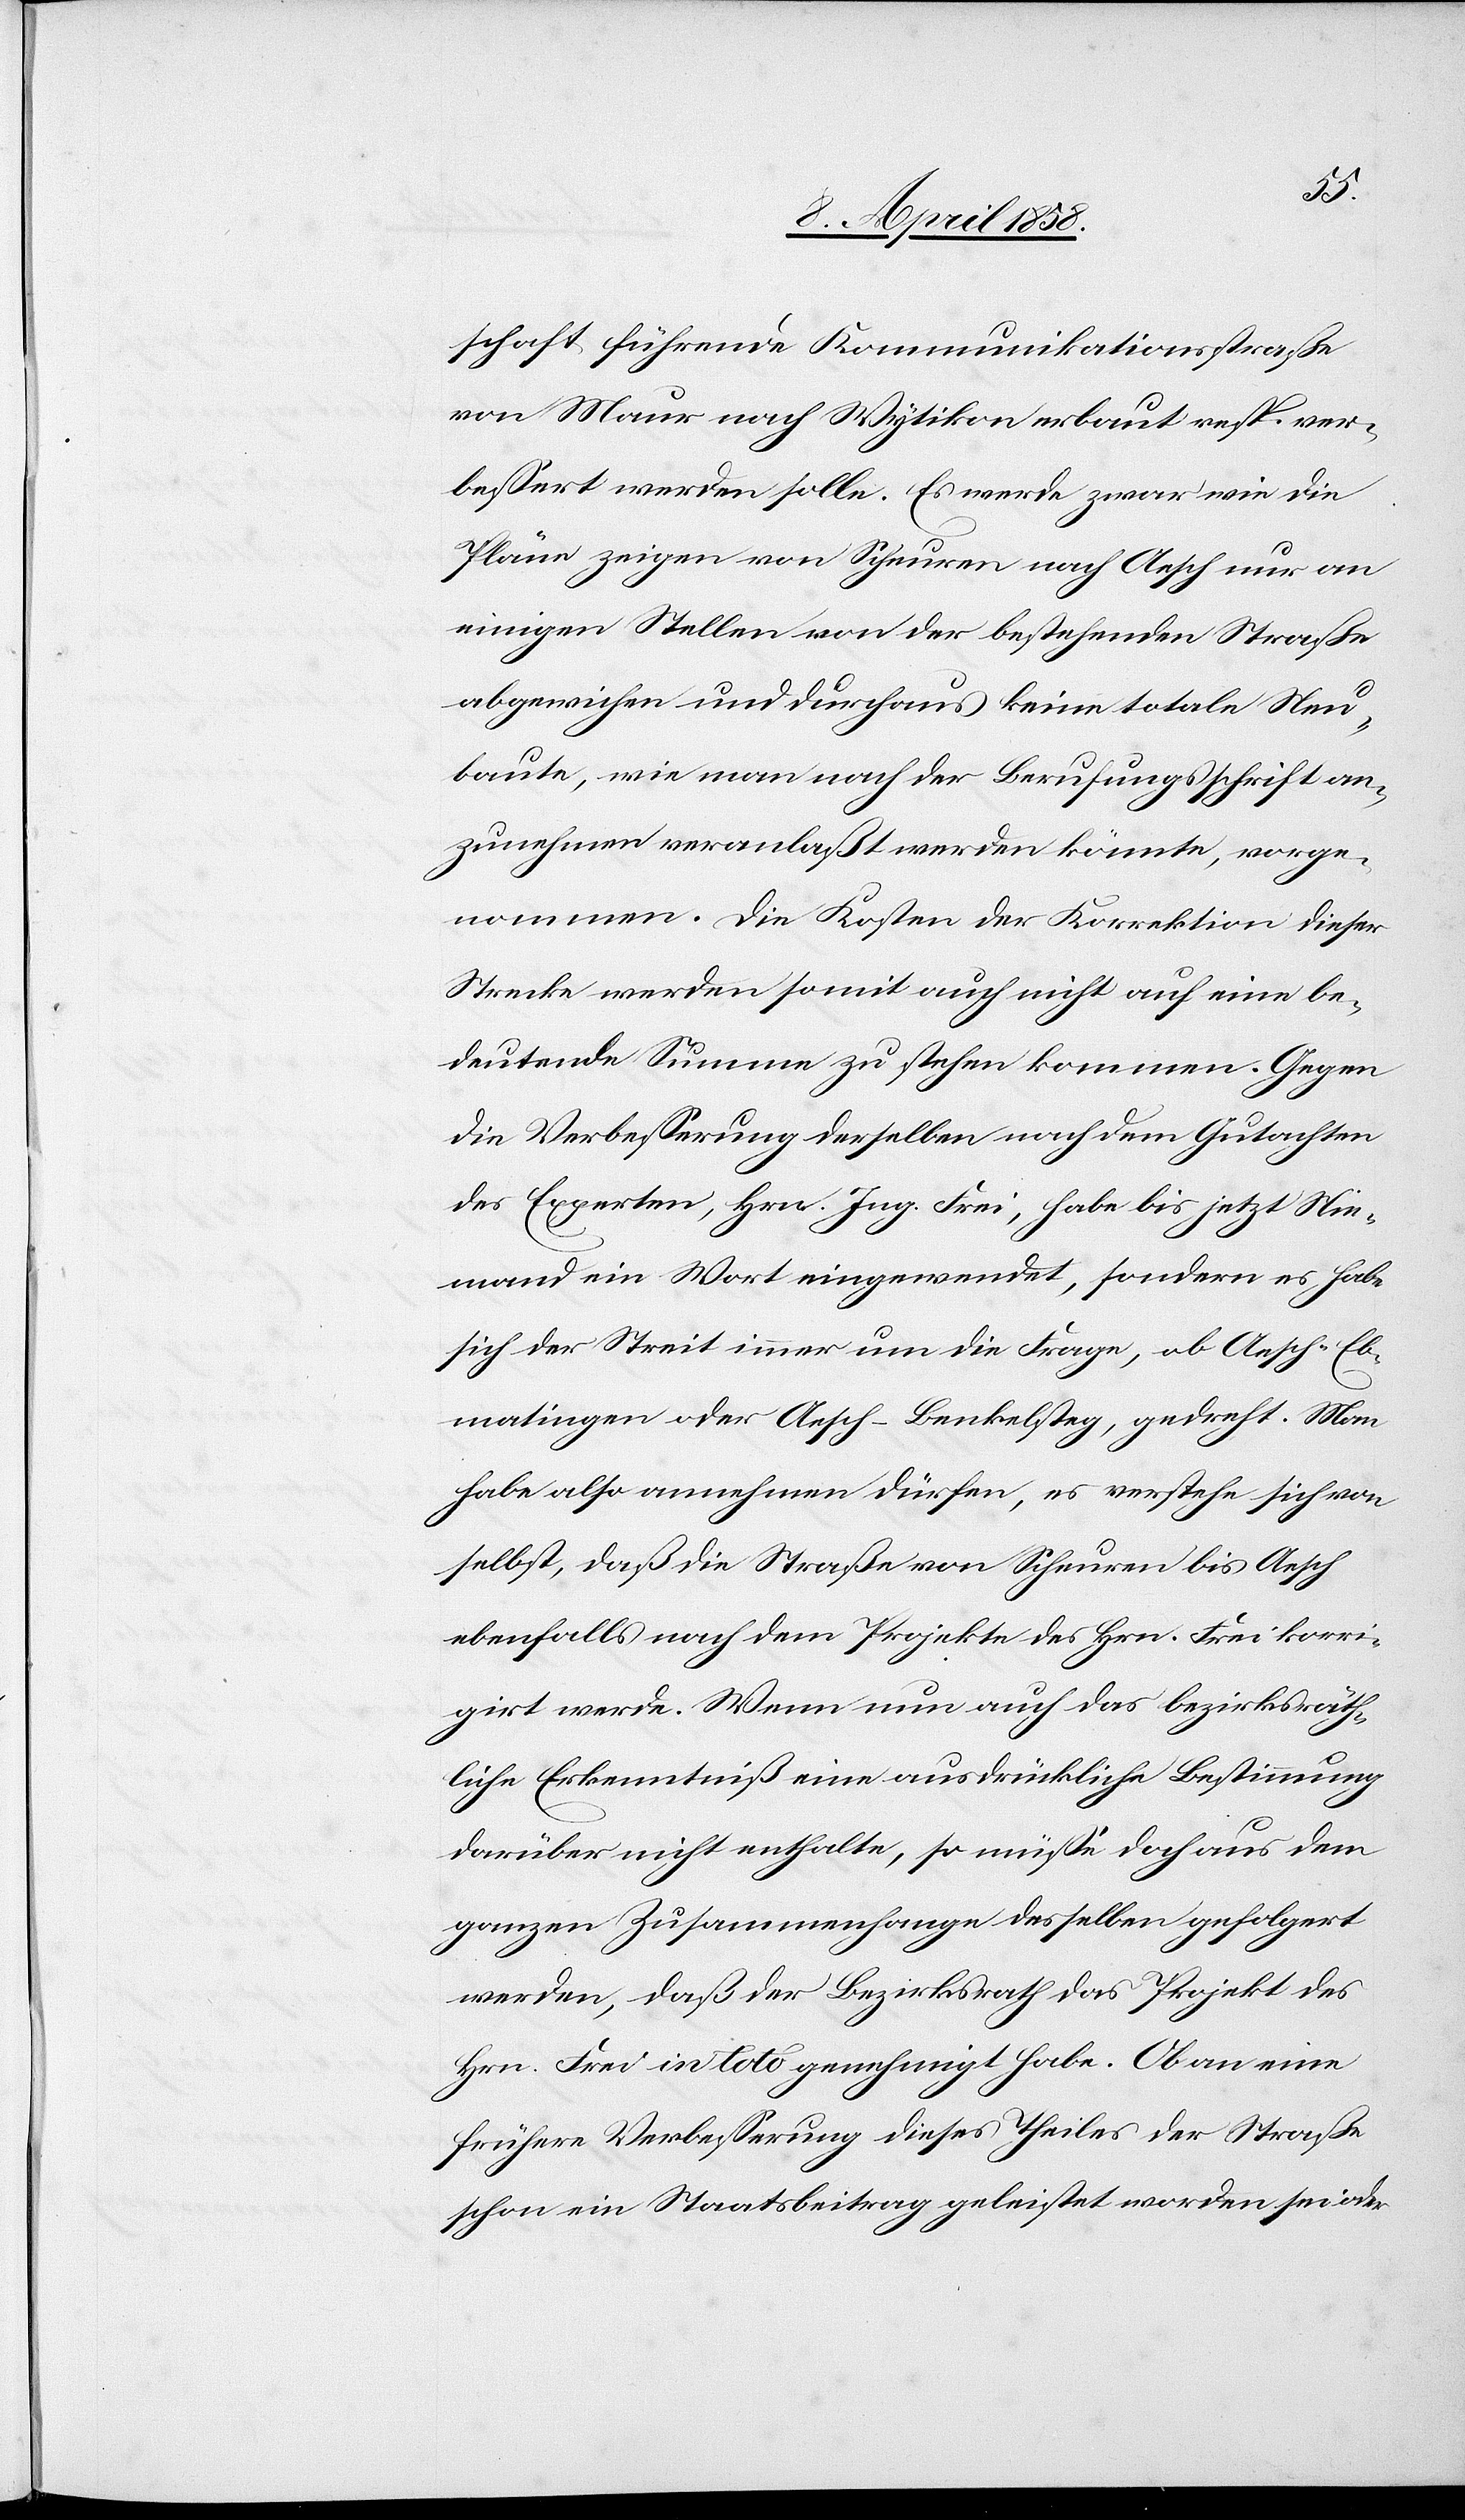
schaft führende Kommunikationsstraße
von Maur nach Wytikon erbaut resp. ver¬
bessert werden solle. Es werde zwar wie die
Pläne zeigen von Scheuren nach Aesch nur an
einigen Stellen von der bestehenden Straße
abgewichen und durchaus keine totale Neu¬
baute, wie man nach der Berufungsschrift an¬
zunehmen veranlaßt werden könnte, vorge¬
nommen. Die Kosten der Korrektion dieser
Strecke werden somit auch nicht auf eine be¬
deutende Summe zu stehen kommen. Gegen
die Verbesserung derselben nach dem Gutachten
des Experten, Hrn. Ing. Frei, habe bis jetzt Nie¬
mand ein Wort eingewendet, sondern es habe
sich der Streit immer um die Frage, ob Aesch–Eb¬
matingen oder Aesch–Benkelsteg, gedreht. Man
habe also annehmen dürfen, es verstehe sich von
selbst, daß die Straße von Scheuren bis Aesch
ebenfalls nach dem Projekte des Hrn. Frei korri¬
girt werde. Wenn nun auch das bezirksräth¬
liche Erkenntniß eine ausdrückliche Bestimmung
darüber nicht enthalte, so müsse doch aus dem
ganzen Zusammenhange desselben gefolgert
werden, daß der Bezirksrath das Projekt des
Hrn. Frei in toto genehmigt habe. Ob an eine
frühere Verbesserung dieses Theiles der Straße
schon ein Staatsbeitrag geleistet worden sei oder